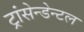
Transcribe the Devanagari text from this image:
ट्रांसेन्डेन्टल